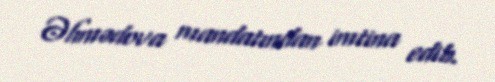
Əhmədova mandatından imtina edib.